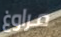
مراوغ